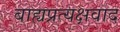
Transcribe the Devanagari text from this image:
बाह्यप्रत्यक्षवाद